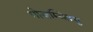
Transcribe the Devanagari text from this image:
मोज़म्बिक़्यु